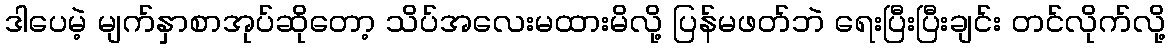
ဒါပေမဲ့ မျက်နှာစာအုပ်ဆိုတော့ သိပ်အလေးမထားမိလို့ ပြန်မဖတ်ဘဲ ရေးပြီးပြီးချင်း တင်လိုက်လို့